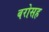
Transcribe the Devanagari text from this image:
बरोसह